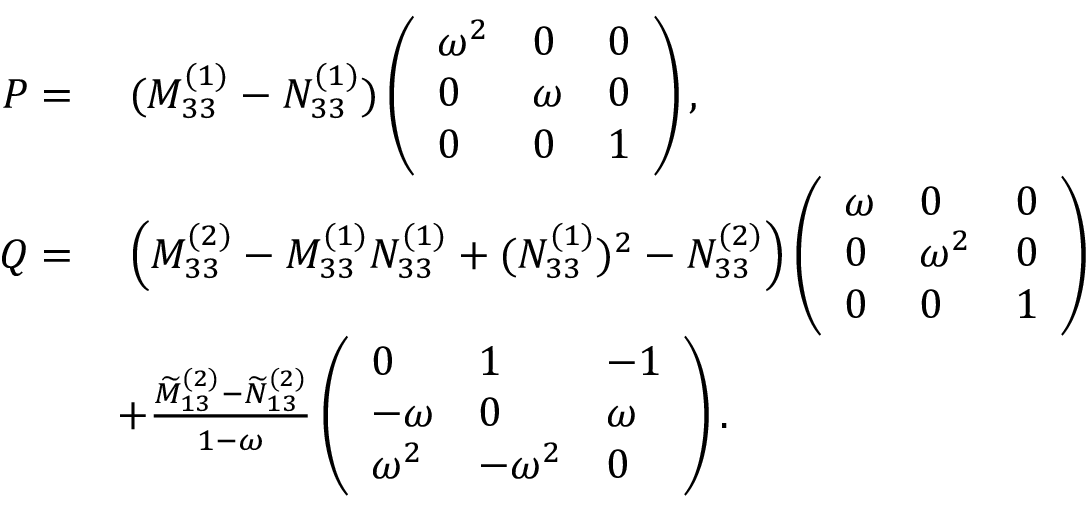
\begin{array} { r l } { P = } & { \; ( M _ { 3 3 } ^ { ( 1 ) } - N _ { 3 3 } ^ { ( 1 ) } ) \left( \begin{array} { l l l } { \omega ^ { 2 } } & { 0 } & { 0 } \\ { 0 } & { \omega } & { 0 } \\ { 0 } & { 0 } & { 1 } \end{array} \right) , } \\ { Q = } & { \; \Big ( M _ { 3 3 } ^ { ( 2 ) } - M _ { 3 3 } ^ { ( 1 ) } N _ { 3 3 } ^ { ( 1 ) } + ( N _ { 3 3 } ^ { ( 1 ) } ) ^ { 2 } - N _ { 3 3 } ^ { ( 2 ) } \Big ) \left( \begin{array} { l l l } { \omega } & { 0 } & { 0 } \\ { 0 } & { \omega ^ { 2 } } & { 0 } \\ { 0 } & { 0 } & { 1 } \end{array} \right) } \\ & { + \frac { \widetilde { M } _ { 1 3 } ^ { ( 2 ) } - \widetilde { N } _ { 1 3 } ^ { ( 2 ) } } { 1 - \omega } \left( \begin{array} { l l l } { 0 } & { 1 } & { - 1 } \\ { - \omega } & { 0 } & { \omega } \\ { \omega ^ { 2 } } & { - \omega ^ { 2 } } & { 0 } \end{array} \right) . } \end{array}